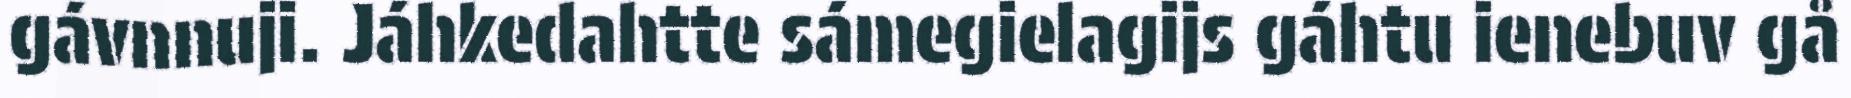
gávnnuji. Jáhkedahtte sámegielagijs gáhtu ienebuv gå